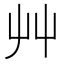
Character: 艸